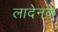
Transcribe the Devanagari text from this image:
लादेनके